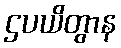
ဌပယိတွာန